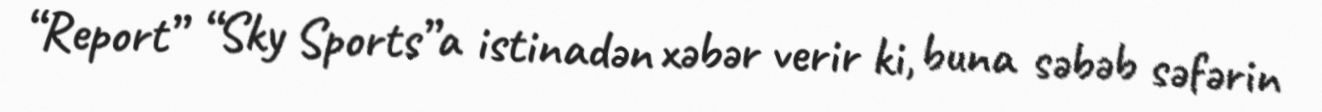
“Report” “Sky Sports”a istinadən xəbər verir ki, buna səbəb səfərin